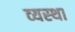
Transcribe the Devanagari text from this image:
व्‍यस्‍था